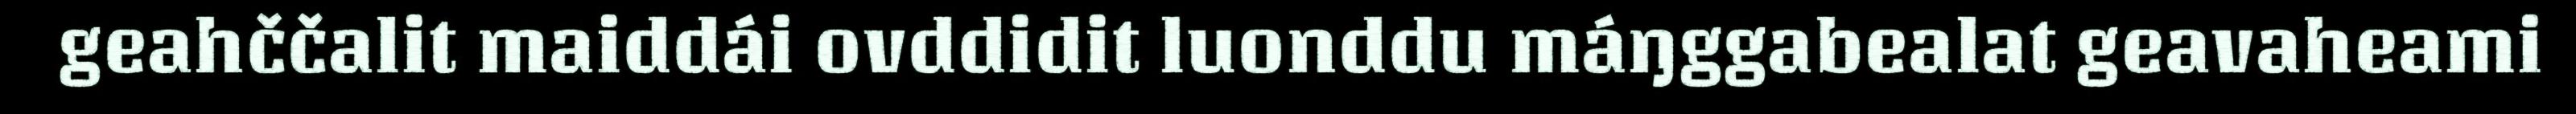
geahččalit maiddái ovddidit luonddu máŋggabealat geavaheami